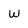
Character: W